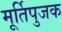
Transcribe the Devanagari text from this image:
मूर्तिपुजक